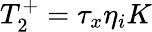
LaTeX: T_{2}^{+}=\tau_{x}\eta_{i}K